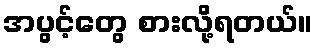
အပွင့်တွေ စားလို့ရတယ်။